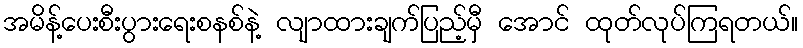
အမိန့်ပေးစီးပွားရေးစနစ်နဲ့ လျာထားချက်ပြည့်မှီ အောင် ထုတ်လုပ်ကြရတယ်။